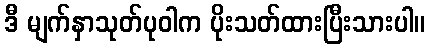
ဒီ မျက်နှာသုတ်ပုဝါက ပိုးသတ်ထားပြီးသားပါ။